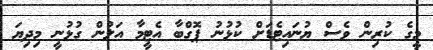
މީގެ ކުރިން ވެސް ޔުނައިޓެޑަށް ކުޅުނު ޕޮގްބާ އެޓީމާ އަލުން ގުޅުނީ މިދިޔަ